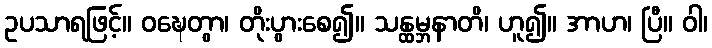
ဥပသာရဖြင့်။ ဝဍ္ဎေတွာ၊ တိုးပွားစေ၍။ သန္ထမ္ဘနာတိ၊ ဟူ၍။ အာဟ၊ ပြီ။ ဝါ၊